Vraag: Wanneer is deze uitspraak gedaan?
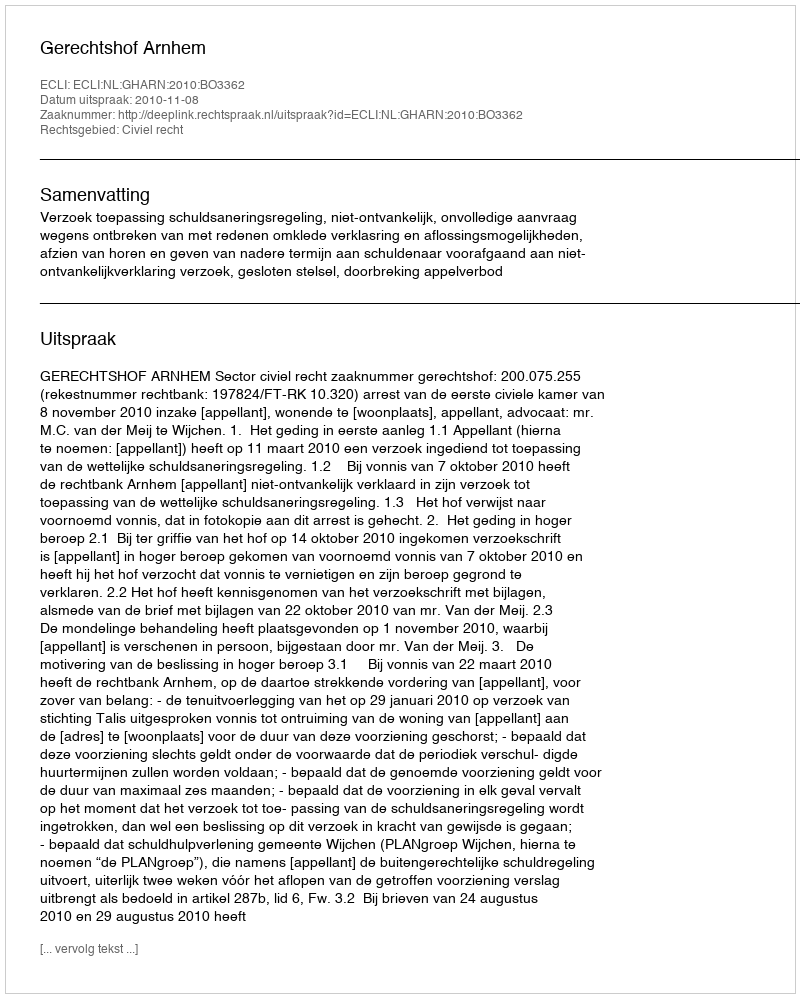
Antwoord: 2010-11-08